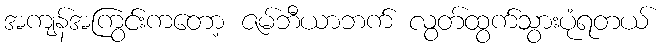
အကျန်အကြွင်းကတော့ ဇမ်ဘီယာဘက် လွတ်ထွက်သွားပုံရတယ်